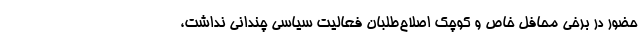
حضور در برخی محافل خاص و کوچک اصلاح‌طلبان فعالیت سیاسی چندانی نداشت،